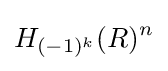
H_{(-1)^{k}}(R)^{n}